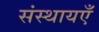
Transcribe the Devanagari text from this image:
संस्थायएँ